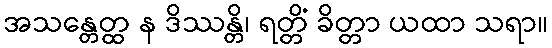
အသန္တေတ္ထ န ဒိဿန္တိ၊ ရတ္တိံ ခိတ္တာ ယထာ သရာ။